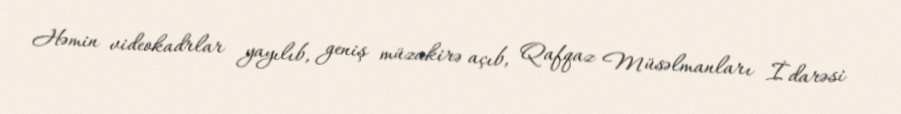
Həmin videokadrlar yayılıb, geniş müzakirə açıb, Qafqaz Müsəlmanları İdarəsi